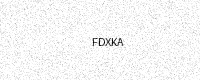
Text: FDXKA